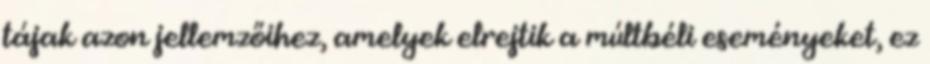
tájak azon jellemzőihez, amelyek elrejtik a múltbéli eseményeket, ez